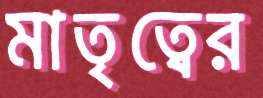
মাতৃত্বের